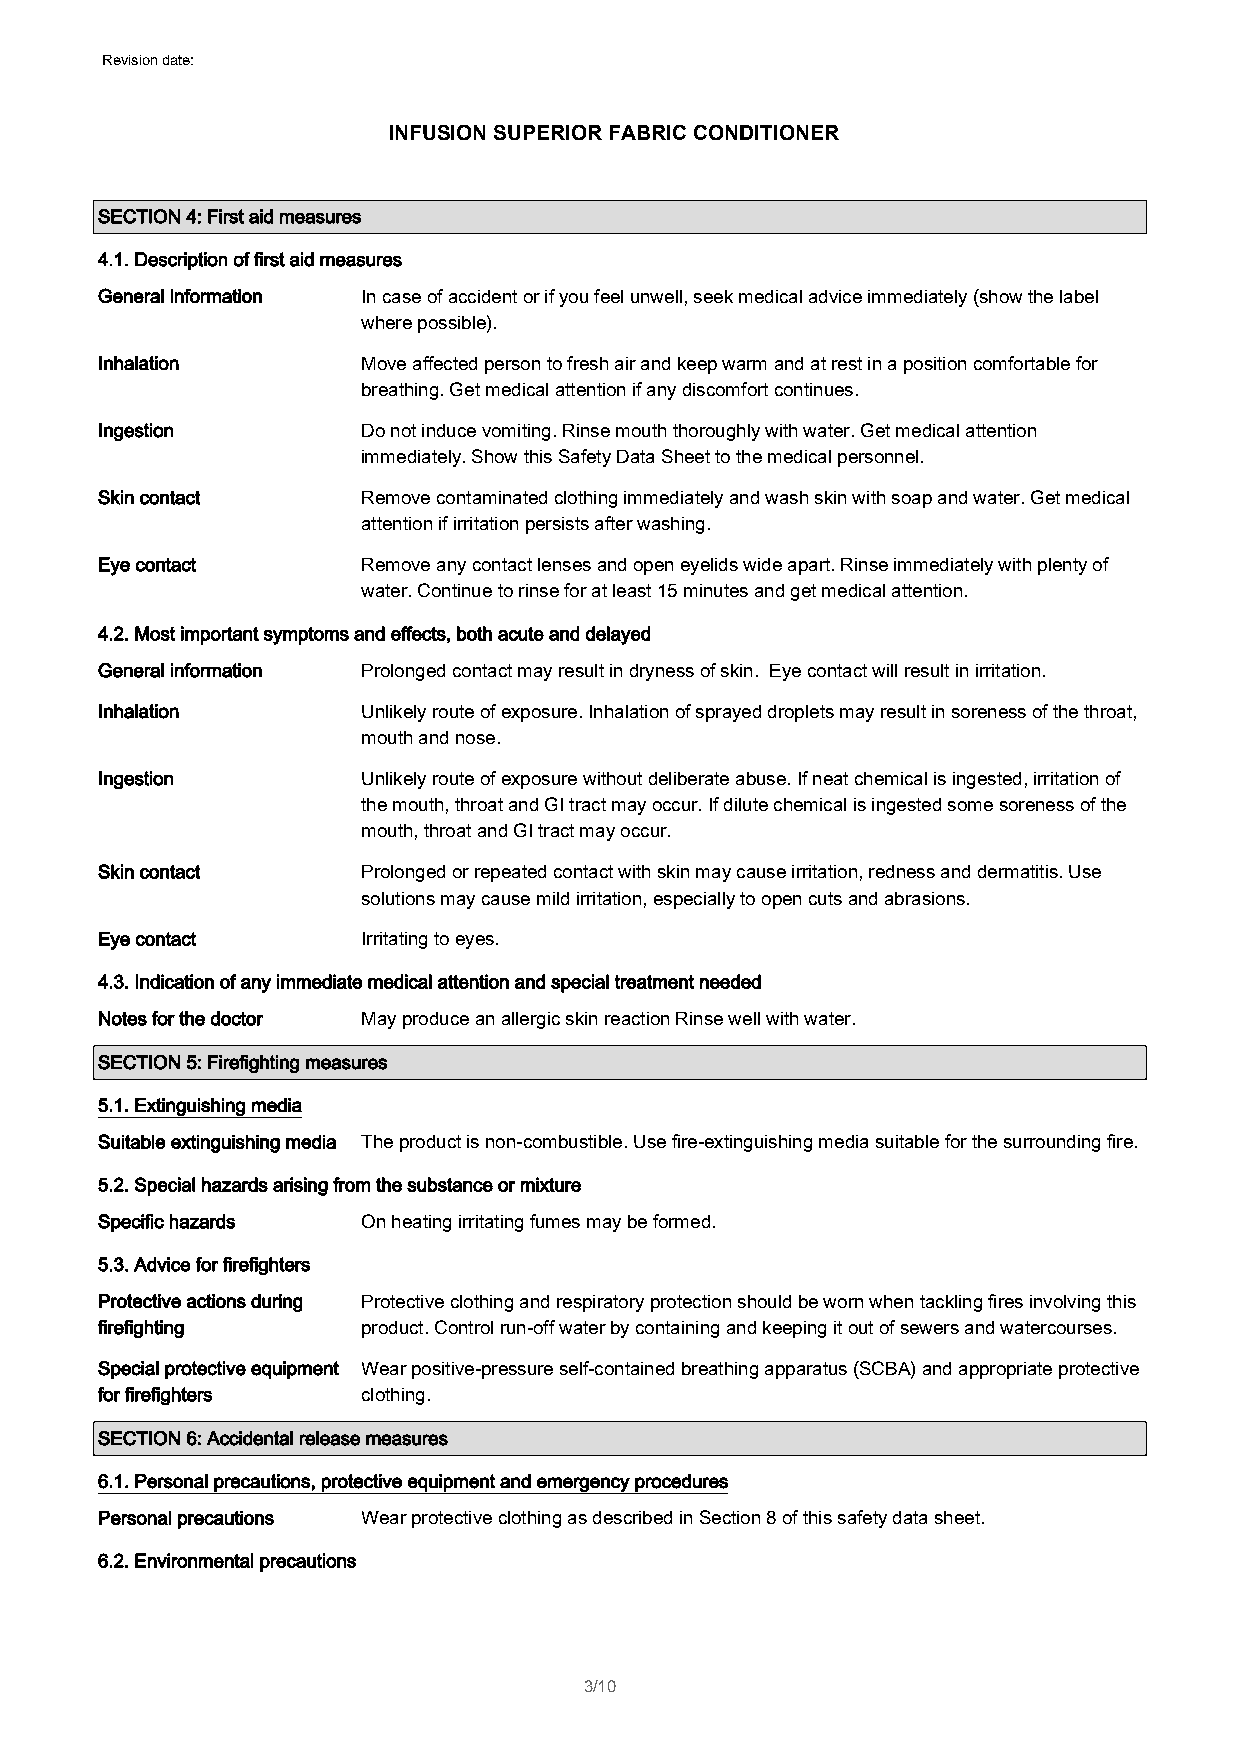
Revision date: 01/05/2015
 INFUSION SUPERIOR FABRIC CONDITIONER
 SECTION 4: First aid measures
 4.1. Description of first aid measures
 General information In case of accident or if you feel unwell, seek medical advice immediately (show the label
 where possible).
 Inhalation        Move affected person to fresh air and keep warm and at rest in a position comfortable for
 breathing. Get medical attention if any discomfort continues.
 Ingestion         Do not induce vomiting. Rinse mouth thoroughly with water. Get medical attention
 immediately. Show this Safety Data Sheet to the medical personnel.
 Skin contact      Remove contaminated clothing immediately and wash skin with soap and water. Get medical
 attention if irritation persists after washing.
 Eye contact       Remove any contact lenses and open eyelids wide apart. Rinse immediately with plenty of
 water. Continue to rinse for at least 15 minutes and get medical attention.
 4.2. Most important symptoms and effects, both acute and delayed
 General information Prolonged contact may result in dryness of skin. Eye contact will result in irritation.
 Inhalation        Unlikely route of exposure. Inhalation of sprayed droplets may result in soreness of the throat,
 mouth and nose.
 Ingestion         Unlikely route of exposure without deliberate abuse. If neat chemical is ingested, irritation of
 the mouth, throat and GI tract may occur. If dilute chemical is ingested some soreness of the
 mouth, throat and GI tract may occur.
 Skin contact      Prolonged or repeated contact with skin may cause irritation, redness and dermatitis. Use
 solutions may cause mild irritation, especially to open cuts and abrasions.
 Eye contact       Irritating to eyes.
 4.3. Indication of any immediate medical attention and special treatment needed
 Notes for the doctor May produce an allergic skin reaction Rinse well with water.
 SECTION 5: Firefighting measures
 5.1. Extinguishing media
 Suitable extinguishing media The product is non-combustible. Use fire-extinguishing media suitable for the surrounding fire.
 5.2. Special hazards arising from the substance or mixture
 Specific hazards  On heating irritating fumes may be formed.
 5.3. Advice for firefighters
 Protective actions during Protective clothing and respiratory protection should be worn when tackling fires involving this
 firefighting      product. Control run-off water by containing and keeping it out of sewers and watercourses.
 Special protective equipment Wear positive-pressure self-contained breathing apparatus (SCBA) and appropriate protective
 for firefighters  clothing.
 SECTION 6: Accidental release measures
 6.1. Personal precautions, protective equipment and emergency procedures
 Personal precautions Wear protective clothing as described in Section 8 of this safety data sheet.
 6.2. Environmental precautions
 3/10